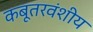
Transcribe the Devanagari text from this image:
कबूतरवंशीय